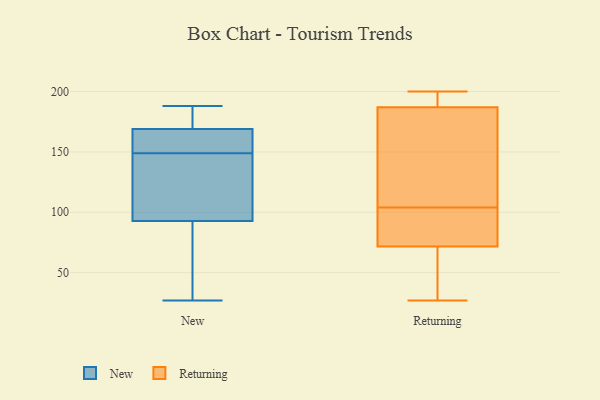
{"axis": {"x": "Budget (USD K)", "y": "Value"}, "legend": ["New", "Returning"], "data": [{"x": "", "y": 90, "type": "New"}, {"x": "", "y": 149, "type": "New"}, {"x": "", "y": 166, "type": "New"}, {"x": "", "y": 170, "type": "New"}, {"x": "", "y": 150, "type": "New"}, {"x": "", "y": 188, "type": "New"}, {"x": "", "y": 101, "type": "New"}, {"x": "", "y": 27, "type": "New"}, {"x": "", "y": 173, "type": "New"}, {"x": "", "y": 133, "type": "New"}, {"x": "", "y": 73, "type": "New"}, {"x": "", "y": 74, "type": "Returning"}, {"x": "", "y": 197, "type": "Returning"}, {"x": "", "y": 172, "type": "Returning"}, {"x": "", "y": 148, "type": "Returning"}, {"x": "", "y": 199, "type": "Returning"}, {"x": "", "y": 71, "type": "Returning"}, {"x": "", "y": 110, "type": "Returning"}, {"x": "", "y": 94, "type": "Returning"}, {"x": "", "y": 192, "type": "Returning"}, {"x": "", "y": 54, "type": "Returning"}, {"x": "", "y": 27, "type": "Returning"}, {"x": "", "y": 81, "type": "Returning"}, {"x": "", "y": 50, "type": "Returning"}, {"x": "", "y": 104, "type": "Returning"}, {"x": "", "y": 200, "type": "Returning"}]}